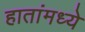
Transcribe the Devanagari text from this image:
हातांमध्ये